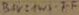
Text: BAV19WS-7-F